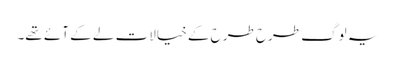
یہ لوگ طرح طرح کے خیالات لے کے آئے تھے۔